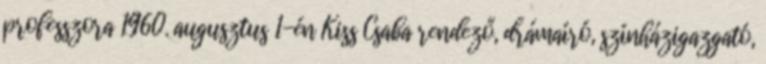
professzora 1960. augusztus 1-én Kiss Csaba rendező, drámaíró, színházigazgató,